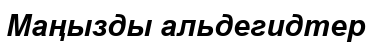
Маңызды альдегидтер